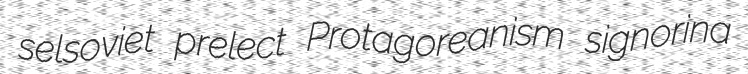
selsoviet prelect Protagoreanism signorina